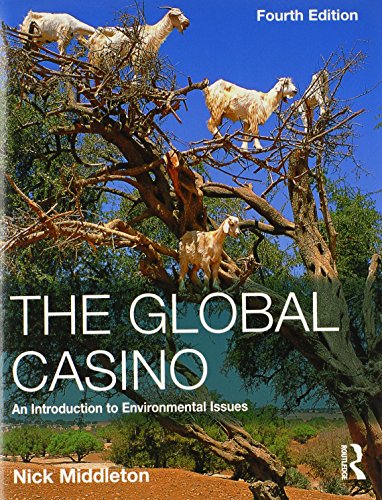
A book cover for The Global Casino: An Introduction to Environmental Issues, Fourth Edition; Nick Middleton; Business & Money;